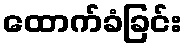
ထောက်ခံခြင်း